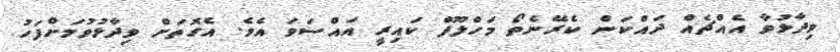
ވިދާޅުވާ އެއްޗެއް ދައްކަން ކެރޭނެތޯ މަހްލޫފް ކައިރީ އައްސަވަ އެވެ. އެގޮތަށް ވިދާޅުވުމަށްފަހު